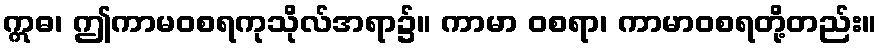
ဣဓ၊ ဤကာမဝစရကုသိုလ်အရာ၌။ ကာမာ ဝစရာ၊ ကာမာဝစရတို့တည်း။